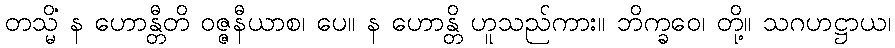
တသ္မိံ န ဟောန္တီတိ ဝဇ္ဇနီယာစ၊ ပေ။ န ဟောန္တိ ဟူသည်ကား။ ဘိက္ခဝေ၊ တို့။ သဂဟဋ္ဌာယ၊